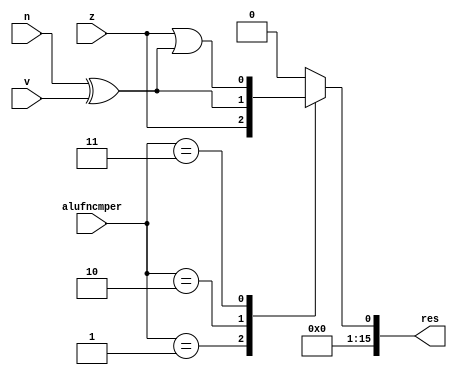
/*
   This file was generated automatically by the Mojo IDE version B1.3.6.
   Do not edit this file directly. Instead edit the original Lucid source.
   This is a temporary file and any changes made to it will be destroyed.
*/

module cmpFunction_20 (
    input z,
    input v,
    input n,
    input [1:0] alufncmper,
    output reg [15:0] res
  );
  
  
  
  reg temp;
  
  always @* begin
    
    case (alufncmper)
      2'h1: begin
        temp = z;
      end
      2'h2: begin
        temp = n ^ v;
      end
      2'h3: begin
        temp = z | (n ^ v);
      end
      default: begin
        temp = 1'h0;
      end
    endcase
    res[0+0-:1] = temp;
    res[1+14-:15] = 15'h0000;
  end
endmodule